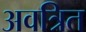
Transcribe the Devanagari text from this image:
अवत्रित